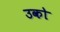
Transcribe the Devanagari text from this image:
उको